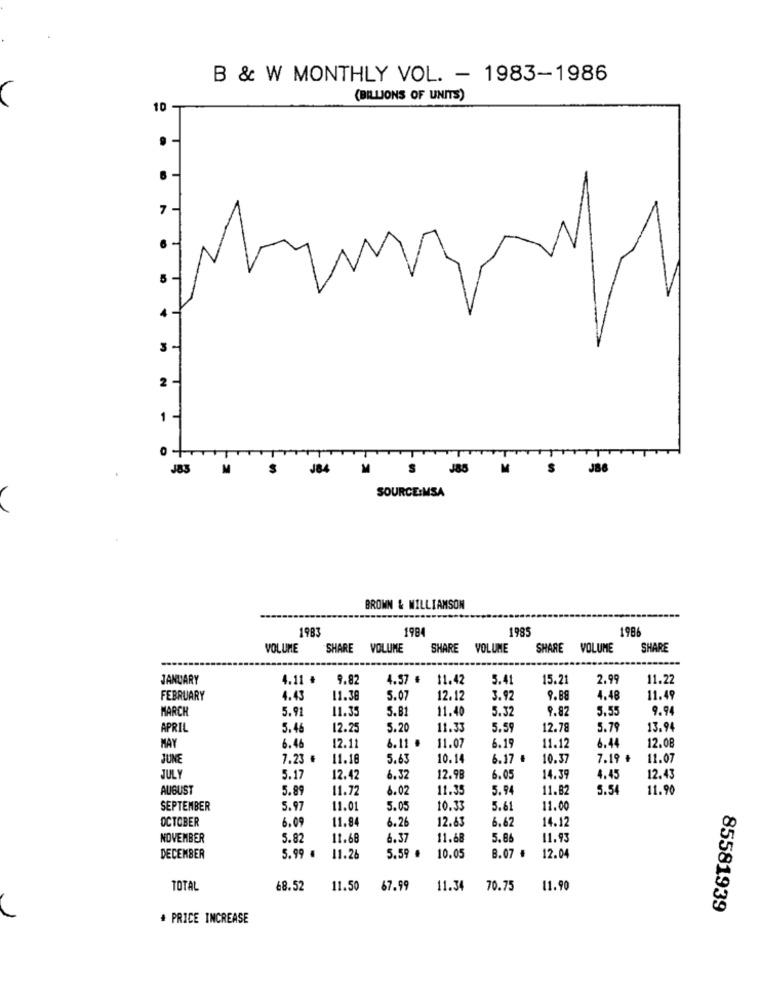
B & W MONTHLY VOL. - 1983-1986
(BILLIONS OF UNITS)
10 -
.
7
3
T
J83
M
J84
M
S
J85
M
S
JB6
SOURCE:MSA
BROWN & WILLIAMSON
198
198
1985
1986
VOLUME
SHARE VOLUME
SHARE VOLUME
SHARE VOLUME
SHARE
JANUARY
4.11 #
9.82
4.57 €
11.42
5.4
15.21
2.99
11.22
FEBRUARY
4.43
11.38
5.07
12.12
3.92
9.88
1.48
11.49
MARCH
5.91
11.35
5.81
11.40
5.32
9.82
5.55
9.94
APRIL
5.4
12.25
5.20
11.33
5.59
12.78
5.79
13.94
6.46
12.11
6.11 .
11.07
6.44
12.08
MAY
6.19
11.12
JUNE
7.23 #
11.18
5.63
10.14
6.17 .
10.37
7.19 ₺
11.07
JULY
5.17
12.42
6,32
12.98
6.05
14.39
4.45
12.43
AUGUST
5.89
11.72
6.02
11.35
5.9
11.82
5.54
11.90
SEPTEMBER
5.97
11.01
5.05
10.33
5.61
11.00
OCTOBER
6.0
11.84
6.26
12.83
6.62
14.12
NOVEMBER
5.8.
11.66
6.37
11.68
5.86
11.93
DECEMBER
5.99 €
11.26
5.59 .
10.05
8.07 #
12.04
TOTAL
68.52
11.50
67.99
11.34
70.75
11.90
85581939
.1
+ PRICE INCREASE